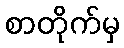
စာတိုက်မှ